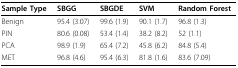
<table><thead><tr><td><b>Sample Type</b></td><td><b>SBGG</b></td><td><b>SBGDE</b></td><td><b>SVM</b></td><td><b>Random Forest</b></td></tr></thead><tbody><tr><td>Benign</td><td>95.4 (3.07)</td><td>99.6 (1.9)</td><td>90.1 (1.7)</td><td>96.8 (1.3)</td></tr><tr><td>PIN</td><td>80.6 (0.08)</td><td>53.4 (1.4)</td><td>38.2 (8.2)</td><td>52 (1.1)</td></tr><tr><td>PCA</td><td>98.9 (1.9)</td><td>65.4 (7.2)</td><td>45.8 (6.2)</td><td>84.8 (5.4)</td></tr><tr><td>MET</td><td>96.8 (4.6)</td><td>95.4 (6.3)</td><td>81.8 (1.6)</td><td>83.6 (7.09)</td></tr></tbody></table>